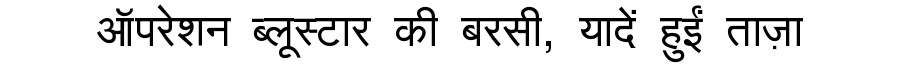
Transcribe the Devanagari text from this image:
ऑपरेशन ब्लूस्टार की बरसी, यादें हुईं ताज़ा